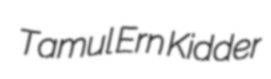
Tamul Ern Kidder